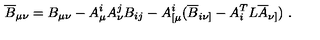
\overline { { B } } _ { \mu \nu } = B _ { \mu \nu } - A _ { \mu } ^ { i } A _ { \nu } ^ { j } B _ { i j } - A _ { [ \mu } ^ { i } ( \overline { { B } } _ { i \nu ] } - A _ { i } ^ { T } L \overline { { A } } _ { \nu ] } ) \ .